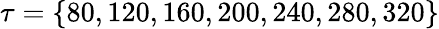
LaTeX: \tau=\{ 80,120,160,200,240,280,320\}